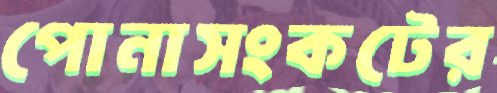
পোনাসংকটের